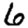
Digit: 6